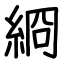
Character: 綗